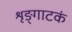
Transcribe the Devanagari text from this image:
शृङ्गाटकं